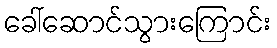
ခေါ်ဆောင်သွားကြောင်း